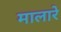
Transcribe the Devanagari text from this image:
मालारे